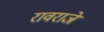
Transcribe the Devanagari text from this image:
रावराजे